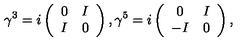
\gamma ^ { 3 } = i \left( \begin{array} { c c } { 0 } & { I } \\ { I } & { 0 } \\ \end{array} \right) , \gamma ^ { 5 } = i \left( \begin{array} { c c } { 0 } & { I } \\ { - I } & { 0 } \\ \end{array} \right) ,